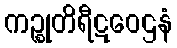
ကဉ္စုတိရီဋဝေဌနံ